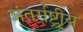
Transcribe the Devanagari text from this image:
अंतर्राष्ट्रीृय